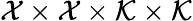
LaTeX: \mathcal{X}\times\mathcal{X}\times\mathcal{K}\times\mathcal{K}